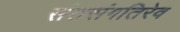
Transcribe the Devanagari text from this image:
संतसंगतिरेव